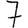
Digit: 7